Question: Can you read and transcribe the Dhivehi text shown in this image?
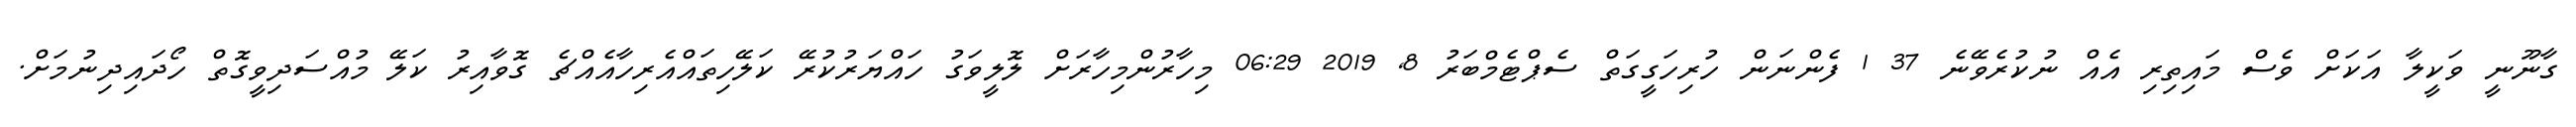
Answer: ގާނޫނީ ވަކީލާ އަކަށް ވެސް މައިތިރި އެއް ނުކުރެވޭނެ 37 1 ފެންނަން ހުރިހަގީގަތް ސެޕްޓެމްބަރު 8, 2019 06:29 މިހާރުންމިހާރަށް ލޮލީވަގު ހައްޔަރުކުރޭ ކަލޭހިތައްއެރިހާއެއްޗެ ގޮވާއިރު ކަލޭ މުއްސަދިވީގޮތް ހޯދައިދިނުމަށް.